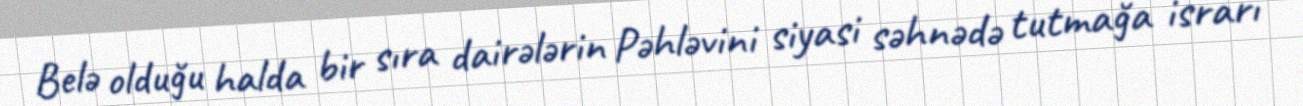
Belə olduğu halda bir sıra dairələrin Pəhləvini siyasi səhnədə tutmağa israrı